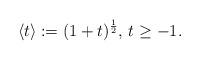
LaTeX: \begin{align*} \langle t\rangle:=(1+t)^{\frac{1}{2}},\,t\geq -1.\end{align*}